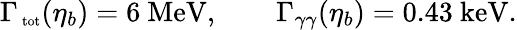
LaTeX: \Gamma_{\mathrm{\scriptsize~tot}}(\eta_{b})=6~\mathrm{MeV},\qquad\Gamma_{\gamma\gamma}(\eta_{b})=0.43~\mathrm{keV}.